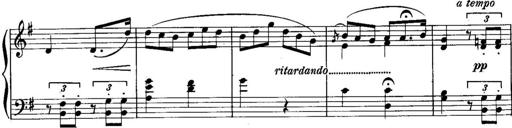
Title: Piano Sonatina No.1, Op.146
Composer: Stephen Heller